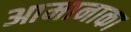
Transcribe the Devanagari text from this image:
आमानाका